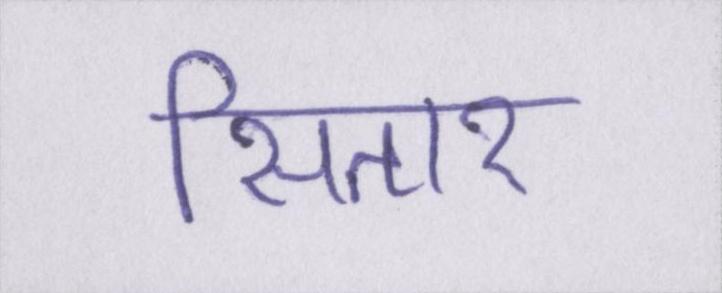
सितार